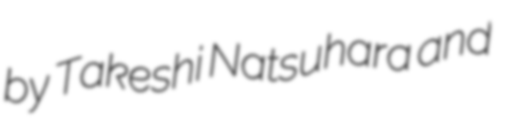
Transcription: by Takeshi Natsuhara and